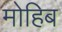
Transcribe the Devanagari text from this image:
मोहिब